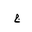
Letter: _gim